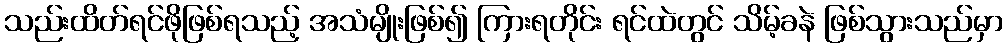
သည်းထိတ်ရင်ဖိုဖြစ်ရသည့် အသံမျိုးဖြစ်၍ ကြားရတိုင်း ရင်ထဲတွင် သိမ့်ခနဲ ဖြစ်သွားသည်မှာ